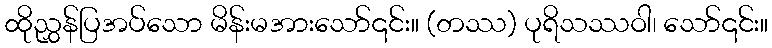
ထိုညွှန်ပြအပ်သော မိန်းမအားသော်၎င်း။ (တဿ) ပုရိသဿဝါ၊ သော်၎င်း။